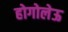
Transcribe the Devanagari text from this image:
होगोलेऊ